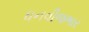
ધનવીજભાર